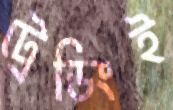
ট্রেডিংই